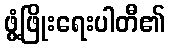
ဖွံ့ဖြိုးရေးပါတီ၏